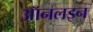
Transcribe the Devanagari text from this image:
ऑनलइन